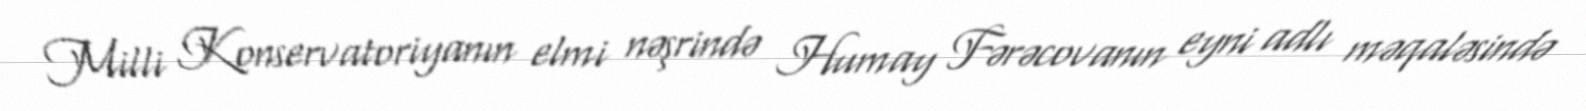
Milli Konservatoriyanın elmi nəşrində Humay Fərəcovanın eyni adlı məqaləsində